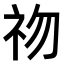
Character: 𥘨